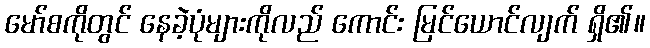
မော်စကိုတွင် နေခဲ့ပုံများကိုလည် ကောင်း မြင်ယောင်လျက် ရှိ၏။